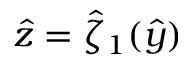
\hat { z } = \hat { \zeta } _ { 1 } ( \hat { y } )